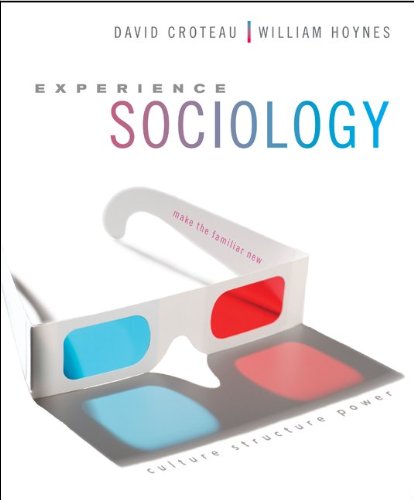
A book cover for Experience Sociology; David Croteau; Politics & Social Sciences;